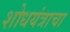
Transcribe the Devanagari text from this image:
शोधयंत्राचा